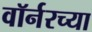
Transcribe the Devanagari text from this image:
वॉर्नरच्या